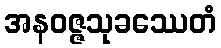
အနဝဇ္ဇသုခဿေတံ